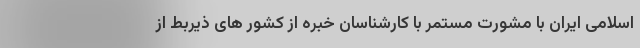
اسلامی ایران با مشورت مستمر با کارشناسان خبره از کشور های ذیربط از